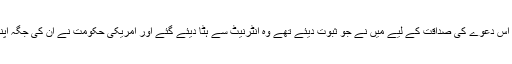
میں نے چند سال قبل بھی یہی کچھ کہا تھا لیکن اس دعوے کی صداقت کے لیے میں نے جو ثبوت دیئے تھے وہ انٹرنیٹ سے ہٹا دیئے گئے اور امریکی حکومت نے ان کی جگہ اپنی مرضی کے، خودساختہ ثبوت پیش کر دیئے۔